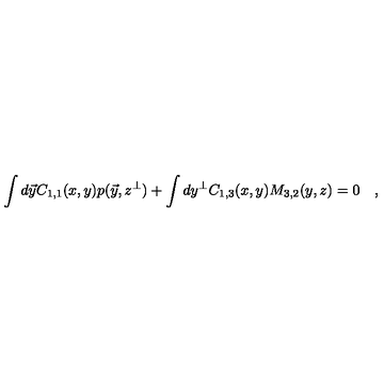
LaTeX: \int d \vec { y } C _ { 1 , 1 } ( x , y ) p ( \vec { y } , z ^ { \bot } ) + \int d y ^ { \bot } C _ { 1 , 3 } ( x , y ) M _ { 3 , 2 } ( y , z ) = 0 \quad ,